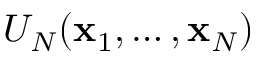
U _ { N } ( \mathbf { x } _ { 1 } , \ldots , \mathbf { x } _ { N } )